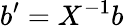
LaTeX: b^{\prime}=X^{-1}b